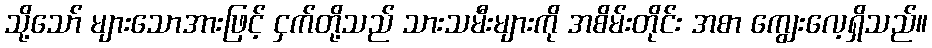
သို့သော် များသောအားဖြင့် ငှက်တို့သည် သားသမီးများကို အစိမ်းတိုင်း အစာ ကျွေးလေ့ရှိသည်။